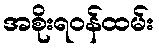
အစိုးရဝန်ထမ်း